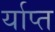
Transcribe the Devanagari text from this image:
र्याप्त